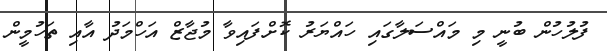
ފުލުހުން ބުނީ މި މައްސަލާގައި ހައްޔަރު ކޮށްފައިވާ މުޖާޒް އަހްމަދު އާއި ތަހުމީން